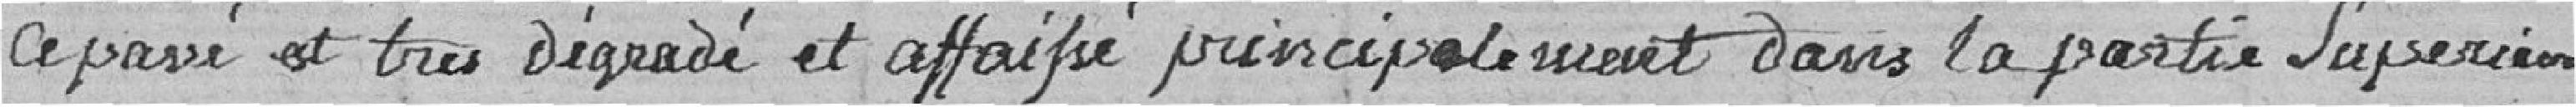
Ce pavé est très dégradé et affaissé principalement dans la partie supérieure